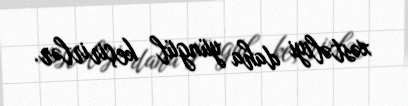
xəstəliyi daha yüngül keçirirlər.